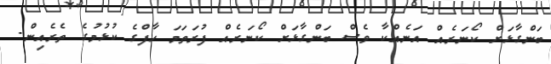
ބަންގާޅަށް ކޯނަރެއް އަނެއްކާ ވެސް ބަންގާޅަށް ކޯނަރެއް ފުރަތަމަ ހާފްގެ ކުޅުމުގެ ތެރެއިން.